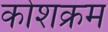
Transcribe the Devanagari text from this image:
कोशक्रम